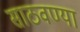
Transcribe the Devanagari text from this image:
साठवण्या